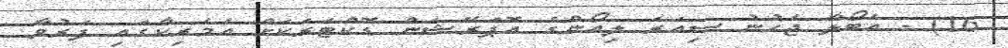
16) - އެބޯލާ ޖެހުނު ސިއަރަ ލިއޯންގެ އޮޕަރޭޝަން ޑޮކްޓަރަކަށް އެމެރިކާގައި ފަރުވާ